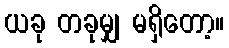
ယခု တခုမျှ မရှိတော့။